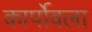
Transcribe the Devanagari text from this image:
कार्पोवला